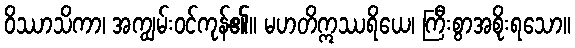
ဝိဿာသိကာ၊ အကျွမ်းဝင်ကုန်၏။ မဟတိဣဿရိယေ၊ ကြီးစွာအစိုးရသော။